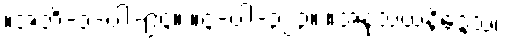
။အဘိ-၁-ပါ-၉၄။ ။၄-ပါ-၃၂၃။ ။အနုသယနိဒ္ဒေသ၊